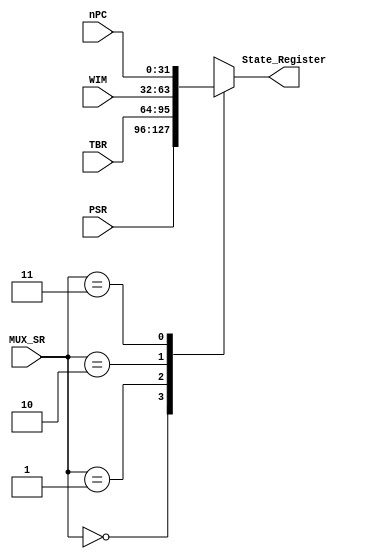
module Multiplexer_State_Register (
				output reg [31:0] State_Register,
				input [31:0] PSR,
				input [31:0] TBR,
				input [31:0] WIM,
				input [31:0] nPC,
				input [1:0] MUX_SR
				);
				
	always @*
		begin
		case (MUX_SR)
			2'b00:
				begin
				State_Register <= PSR;
				end
			2'b01:	
				begin
				State_Register <= TBR;
				end
			2'b10:
				begin
				State_Register <= WIM;
				end
			2'b11:
				begin
				State_Register <= nPC;
				end
			default:
				begin
				//$display("Error in MUX_SR");
				end
		endcase
		end
endmodule